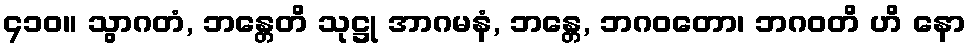
၄၁၀။ သွာဂတံ, ဘန္တေတိ သုဋ္ဌု အာဂမနံ, ဘန္တေ, ဘဂဝတော၊ ဘဂဝတိ ဟိ နော